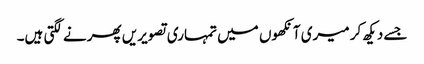
جسے دیکھ کر میری آنکھوں میں تمہاری تصویریں پھرنے لگتی ہیں۔